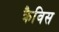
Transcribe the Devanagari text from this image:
क्रैविस